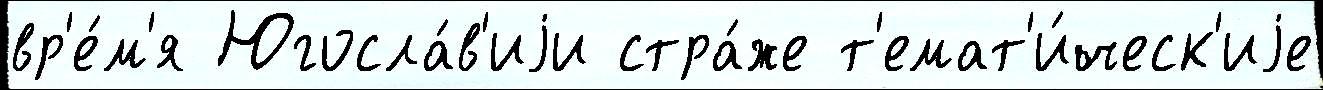
вр'е́м'я Югосла́в'иjи стра́же т'емат'и́ческ'иjе